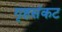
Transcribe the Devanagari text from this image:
गृहसंकट